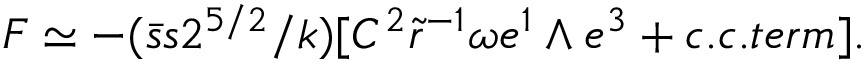
F \simeq - ( \bar { s } s 2 ^ { 5 / 2 } / k ) [ C ^ { 2 } \tilde { r } ^ { - 1 } \omega e ^ { 1 } \wedge e ^ { 3 } + c . c . t e r m ] .